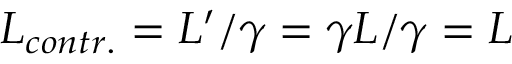
L _ { c o n t r . } = L ^ { \prime } / \gamma = \gamma L / \gamma = L